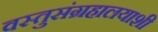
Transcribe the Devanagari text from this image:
वस्तुसंग्रहालयाशी